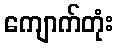
ကျောက်တုံး